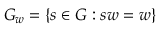
G _ { w } = \{ s \in G : s w = w \}